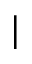
\vert